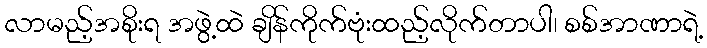
လာမည့်အစိုးရ အဖွဲ့ထဲ ချိန်ကိုက်ဗုံးထည့်လိုက်တာပါ၊ စစ်အာဏာရဲ့